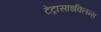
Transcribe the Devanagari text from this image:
टेट्रासाइक्लिन्स